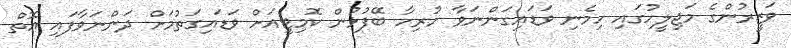
ވަޒީރުންގެ މަޖިލީހުގައި ހިމެނި ވަޑައިގަންނަވާ ހުރިހާ ބޭފުޅުން ކޮމިޓީއަށް ވަޑައިގަތުމަށް ދަންނަވާފައި އޮތް